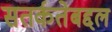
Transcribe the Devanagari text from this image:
सतर्कतेबद्दल